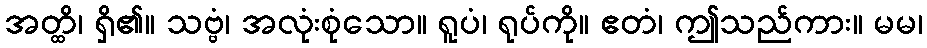
အတ္ထိ၊ ရှိ၏။ သဗ္ဗံ၊ အလုံးစုံသော။ ရူပံ၊ ရုပ်ကို။ ဧတံ၊ ဤသည်ကား။ မမ၊